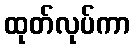
ထုတ်လုပ်ကာ